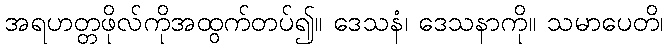
အရဟတ္တဖိုလ်ကိုအထွက်တပ်၍။ ဒေသနံ၊ ဒေသနာကို။ သမာပေတိ၊